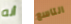
أنه التاسع